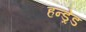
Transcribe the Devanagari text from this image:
हन्ड्रेड